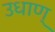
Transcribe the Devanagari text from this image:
उधाण्